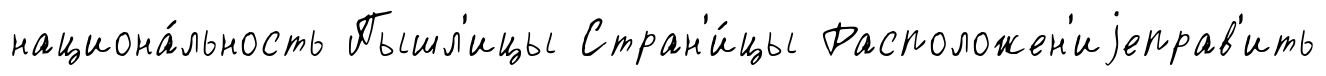
национа́льность Пышл'ицы Стран'и́цы Расположен'иjеправ'ить